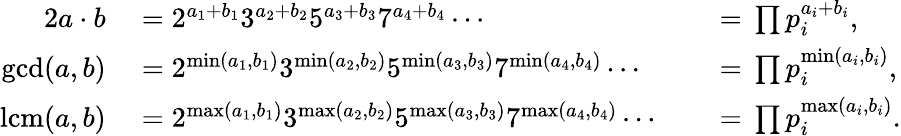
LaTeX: \begin{array}{rlrl}{{2}a\cdot b}&{{}{}={}2^{a_{1}+b_{1}}3^{a_{2}+b_{2}}5^{a_{3}+b_{3}}7^{a_{4}+b_{4}}\cdots}&{}&{{}{}={}\prod p_{i}^{a_{i}+b_{i}},}\\ {\operatorname*{gcd}(a,b)}&{{}{}={}2^{\operatorname*{min}(a_{1},b_{1})}3^{\operatorname*{min}(a_{2},b_{2})}5^{\operatorname*{min}(a_{3},b_{3})}7^{\operatorname*{min}(a_{4},b_{4})}\cdots}&{}&{{}{}={}\prod p_{i}^{\operatorname*{min}(a_{i},b_{i})},}\\ {\operatorname{lcm}(a,b)}&{{}{}={}2^{\operatorname*{max}(a_{1},b_{1})}3^{\operatorname*{max}(a_{2},b_{2})}5^{\operatorname*{max}(a_{3},b_{3})}7^{\operatorname*{max}(a_{4},b_{4})}\cdots}&{}&{{}{}={}\prod p_{i}^{\operatorname*{max}(a_{i},b_{i})}.}\end{array}